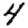
Digit: 4